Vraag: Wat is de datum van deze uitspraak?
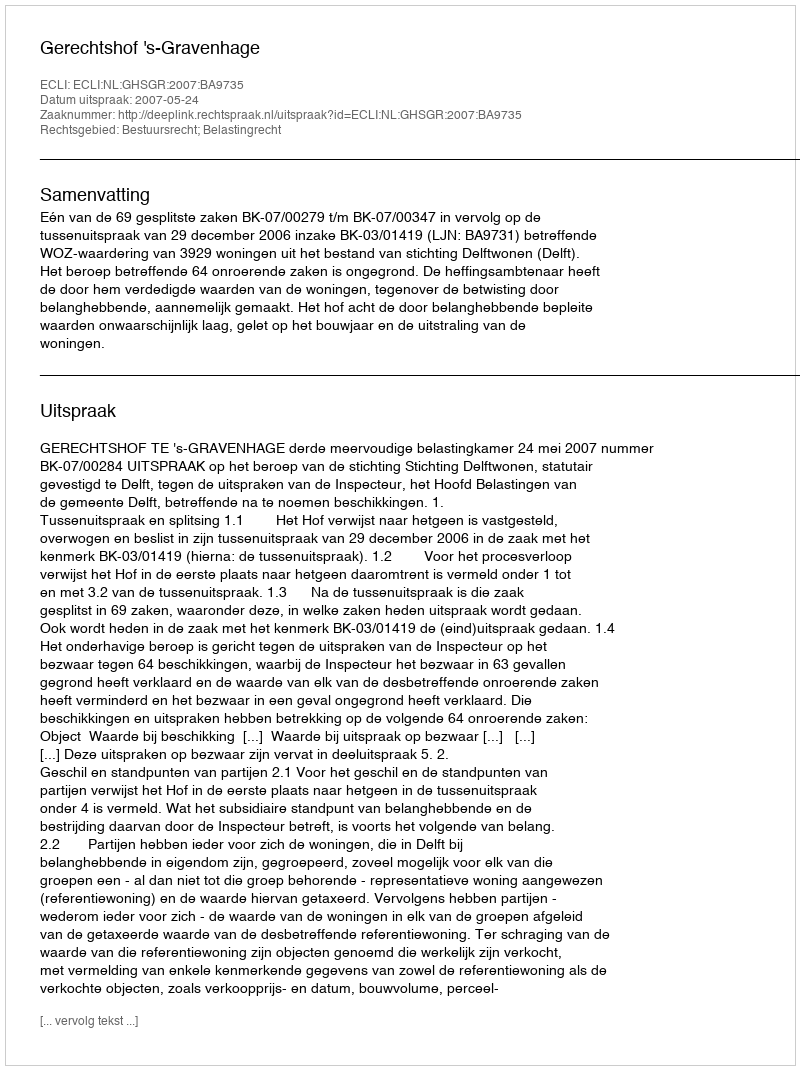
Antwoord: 2007-05-24